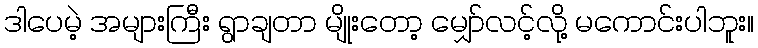
ဒါပေမဲ့ အများကြီး ရွာချတာ မျိုးတော့ မျှော်လင့်လို့ မကောင်းပါဘူး။